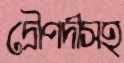
দ্রৌপদীসহ